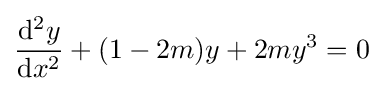
{\frac {\mathrm {d} ^{2}y}{\mathrm {d} x^{2}}}+(1-2m)y+2my^{3}=0